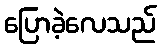
ပြောခဲ့လေသည်